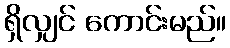
ရှိလျှင် ကောင်းမည်။